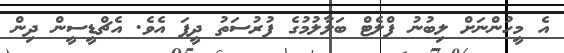
އެ މީހުންނަށް ލިބުނު ފްލެޓް ބަލާލުމުގެ ފުރުސަތު ދީފަ އެވެ. އެޗްޑީސީން ދިން